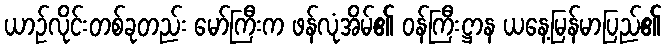
ယာဉ်လိုင်းတစ်ခုတည်း မော်ကြီးက ဖန်လုံအိမ်၏ ဝန်ကြီးဋ္ဌာန ယနေ့မြန်မာပြည်၏